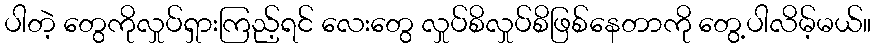
ပါတဲ့ တွေကိုလှုပ်ရှားကြည့်ရင် လေးတွေ လှုပ်စိလှုပ်စိဖြစ်နေတာကို တွေ့ပါလိမ့်မယ်။